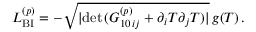
{ \cal L } _ { \mathrm { B I } } ^ { ( p ) } = - \sqrt { | \mathrm { d e t } \, ( { G } _ { 1 0 \, i j } ^ { ( p ) } + \partial _ { i } T \partial _ { j } T ) | } \, g ( T ) \, .